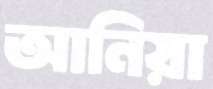
আনিয়া